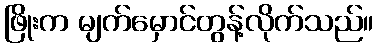
ဖြိုးက မျက်မှောင်တွန့်လိုက်သည်။